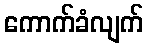
ကောက်ခံလျက်